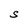
Character: S